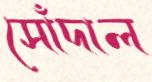
সোঁদাল